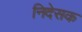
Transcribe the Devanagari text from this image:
निदेसक